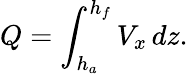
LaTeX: Q=\int_{h_{a}}^{h_{f}}V_{x}\, dz.